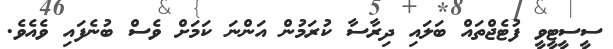
ސީސީޓީވީ ފުޓެޖްތައް ބަލައި ދިރާސާ ކުރަމުން އަންނަ ކަމަށް ވެސް ބުނެފައި ވެއެވެ.